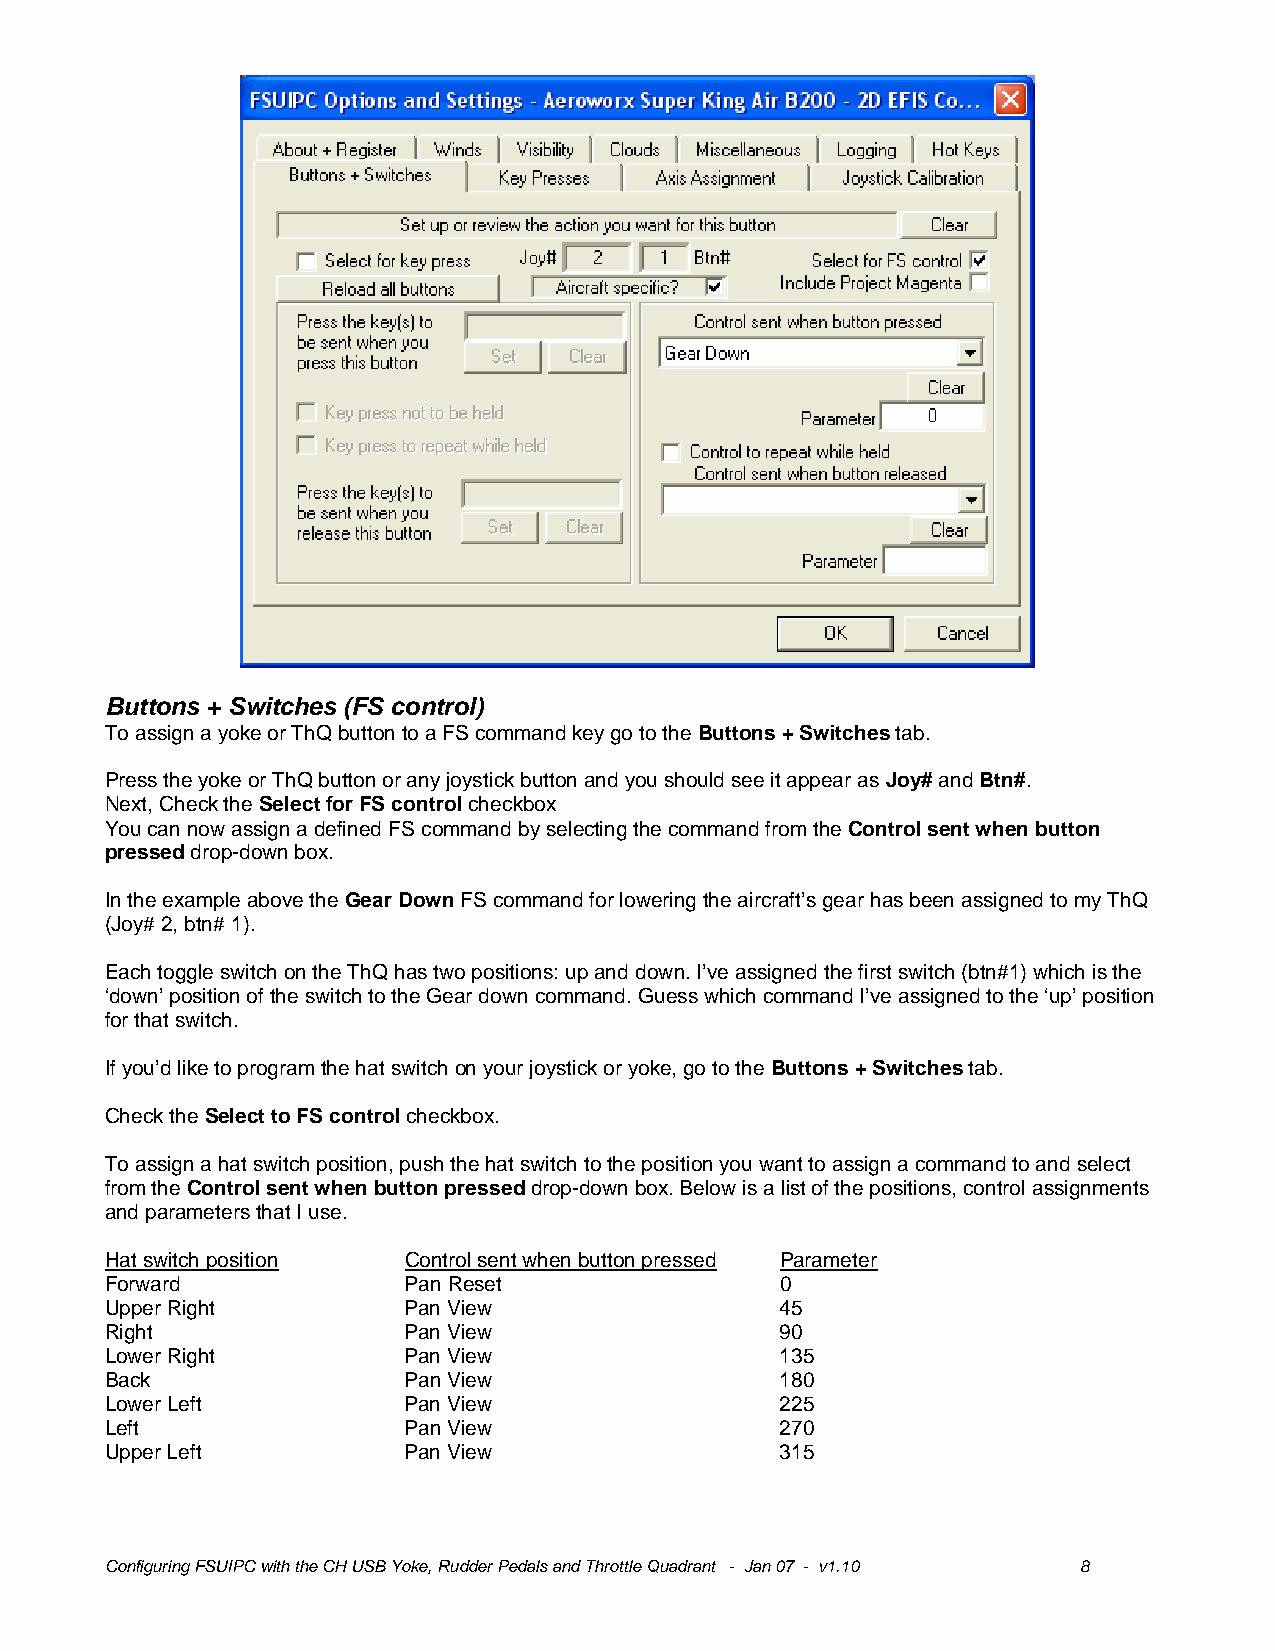
Buttons + Switches (FS control)
 To assign a yoke or ThQ button to a FS command key go to the Buttons + Switches tab.
 Press the yoke or ThQ button or any joystick button and you should see it appear as Joy# and Btn#.
 Next, Check the Select for FS control checkbox
 You can now assign a defined FS command by selecting the command from the Control sent when button
 pressed drop-down box.
 In the example above the Gear Down FS command for lowering the aircraft’s gear has been assigned to my ThQ
 (Joy# 2, btn# 1).
 Each toggle switch on the ThQ has two positions: up and down. I’ve assigned the first switch (btn#1) which is the
 ‘down’ position of the switch to the Gear down command. Guess which command I’ve assigned to the ‘up’ position
 for that switch.
 If you’d like to program the hat switch on your joystick or yoke, go to the Buttons + Switches tab.
 Check the Select to FS control checkbox.
 To assign a hat switch position, push the hat switch to the position you want to assign a command to and select
 from the Control sent when button pressed drop-down box. Below is a list of the positions, control assignments
 and parameters that I use.
 Hat switch position Control sent when button pressed Parameter
 Forward             Pan Reset                0
 Upper Right         Pan View                 45
 Right               Pan View                 90
 Lower Right         Pan View                 135
 Back                Pan View                 180
 Lower Left          Pan View                 225
 Left                Pan View                 270
 Upper Left          Pan View                 315
 Configuring FSUIPC with the CH USB Yoke, Rudder Pedals and Throttle Quadrant - Jan 07 - v1.10 8